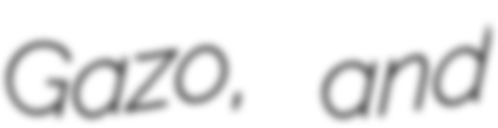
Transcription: Gazo, and